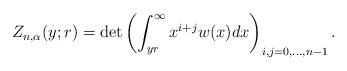
LaTeX: \begin{align*}Z_{n,\alpha}(y;r) = \det \left( \int_{yr}^{\infty} x^{i+j}w(x)dx \right)_{i,j=0,...,n-1}.\end{align*}